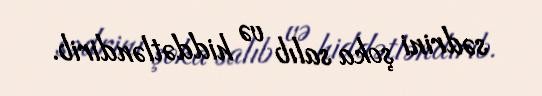
sədrini şoka salıb və hiddətləndirib.